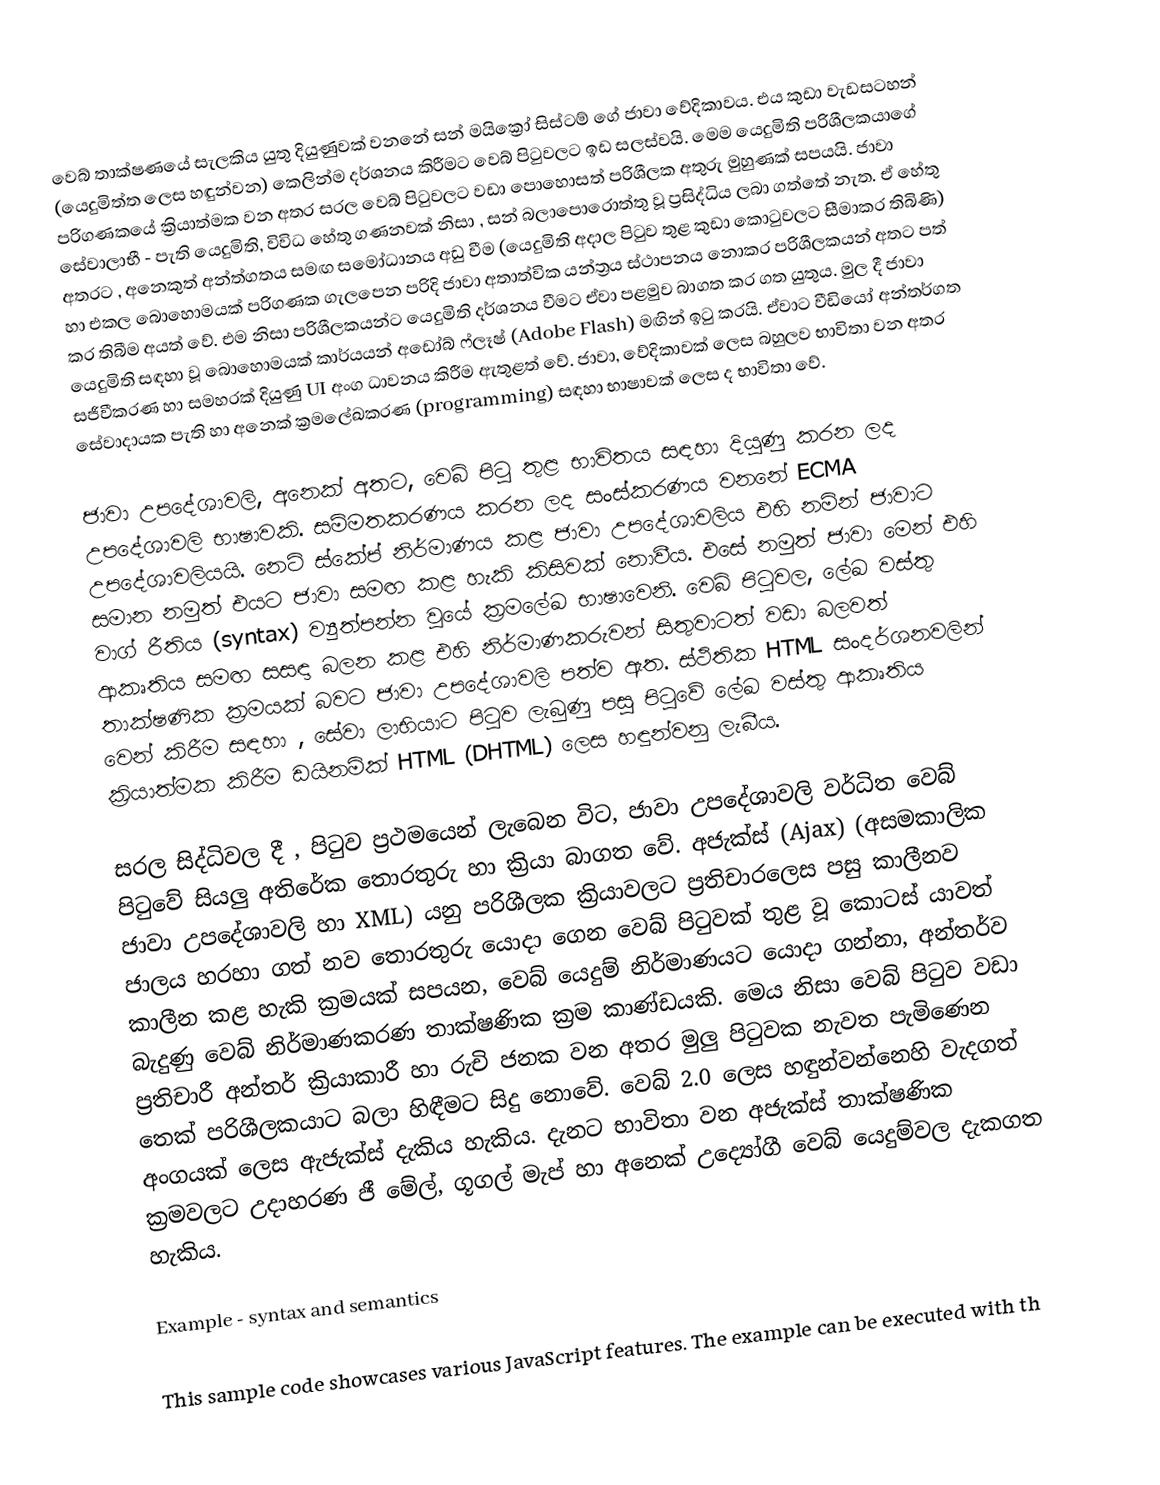
වෙබ් තාක්ෂණයේ සැලකිය යුතු දියුණුවක් වනනේ සන් මයික්‍රෝ සිස්ටම් ගේ ජාවා වේදිකාවය. එය කුඩා වැඩසටහන් (යෙදුමිත්ත ලෙස හඳුන්වන) කෙලින්ම දර්ශනය කිරීමට වෙබ් පිටුවලට ඉඩ සලස්වයි. මෙම යෙදුමිති පරිශීලකයාගේ පරිගණකයේ ක්‍රියාත්මක වන අතර සරල වෙබ් පිටුවලට වඩා පොහොසත් පරිශීලක අතුරු මුහුණක් සපයයි. ජාවා සේවාලාභී - පැති යෙදුමිති, විවිධ හේතු ගණනවක් නිසා , සන් බලාපොරොත්තු වූ ප්‍රසිද්ධිය ලබා ගත්තේ නැත. ඒ ‍හේතු අතරට , අනෙකුත් අන්ත්ගතය සමඟ සමෝධානය අඩු වීම (යෙදුමිති අදාල පිටුව තුළ කුඩා කොටුවලට සීමාකර තිබිණි) හා එකල බොහොමයක් පරිගණක ගැලපෙන පරිදි ජාවා අතාත්වික යන්ත්‍රය ස්ථාපනය නොකර පරිශීලකයන් අතට පත් කර තිබීම අයත් වේ. එම නිසා පරිශීලකයන්ට යෙදුමිති දර්ශනය වීමට ඒවා පළමුව බාගත කර ගත යුතුය. මුල දී ජාවා යෙදුමිති සඳහා වූ බොහොමයක් කාර්යයන් අඩෝබ් ෆ්ලෑෂ් (Adobe Flash) මඟින් ඉටු කරයි. ඒවාට වීඩියෝ අන්තර්ගත සජීවීකරණ හා සමහරක් දියුණු UI අංග ධාවනය කිරීම ඇතුළත් වේ. ජාවා, වේදිකාවක් ලෙස බහුලව භාවිතා වන අතර සේවාදායක පැති හා අනෙක් ක්‍රමලේඛකරණ (programming) සඳහා භාෂාවක් ලෙස ද භාවිතා වේ.

ජාවා උපදේශාවලි, අනෙක් අතට, වෙබ් පිටු තුළ භාවිතය සඳහා දියුණු කරන ලද උ‍පදේශාවලි භාෂාවකි. සම්මතකරණය කරන ලද සංස්කරණය වනනේ ECMA උපදේශාවලියයි. නෙට් ස්කේප් නිර්මාණය කළ ජාවා උපදේශාවලිය එහි නමින් ජාවාට සමාන නමුත් එයට ජාවා සමඟ කළ හැකි කිසිවක් නොවීය. එසේ නමුත් ජාවා මෙන් එහි වාග් රීතිය (syntax) ව්‍යුත්පන්න වූයේ ක්‍රමලේඛ භාෂාවෙනි. වෙබ් පිටුවල, ලේඛ වස්තු ආකෘතිය සමඟ සසඳා බලන කළ එහි නිර්මාණකරුවන් සිතුවාටත් වඩා බලවත් තාක්ෂණික ක්‍රමයක් බවට ජාවා උපදේශාවලි පත්ව ඇත. ස්ථිතික HTML සංදර්ශනවලින් වෙන් කිරීම සඳහා , සේවා ලාභියාට පිටුව ලැබුණු පසු පිටුවේ ලේඛ වස්තු ආකෘතිය ක්‍රියාත්මක කිරීම ඩයිනමික් HTML (DHTML) ලෙස හඳුන්වනු ලැබීය.

සරල සිද්ධිවල දී , පිටුව ප්‍රථමයෙන් ලැබෙන විට, ජාවා උපදේශාවලි වර්ධිත වෙබ් පිටුවේ සියලු අතිරේක තොරතුරු හා ක්‍රියා බාගත වේ. අජැක්ස් (Ajax) (අසමකාලික ජාවා උපදේශාවලි හා XML) යනු පරිශීලක ක්‍රියාවලට ප්‍රතිචාරලෙස පසු කාලීනව ජාලය හරහා ගත් නව තොරතුරු යොදා ගෙන වෙබ් පිටුවක් තුළ වූ කොටස් යාවත් කාලීන කළ හැකි ක්‍රමයක් සපයන, වෙබ් යෙදුම් නිර්මාණයට යොදා ගන්නා, අන්තර්ව බැදුණු වෙබ් නිර්මාණකරණ තාක්ෂණික ක්‍රම කාණ්ඩයකි. මෙය නිසා වෙබ් පිටුව වඩා ප්‍රතිචාරී අන්තර් ක්‍රියාකාරී හා රුචි ජනක වන අතර මුලු පිටුවක නැවත පැමිණෙන තෙක් පරිශීලකයාට බලා හිඳීමට සිදු නොවේ. වෙබ් 2.0 ලෙස හඳුන්වන්නෙහි වැදගත් අංගයක් ලෙස ඇජැක්ස් දැකිය හැකිය. දැනට භාවිතා වන අජැක්ස් තාක්ෂණික ක්‍රමවලට උදාහරණ ජී මේල්, ගූගල් මැප් හා අනෙක් උද්‍යෝගී වෙබ් යෙදුම්වල දැකගත හැකිය.

Example - syntax and semantics

This sample code showcases various JavaScript features. The example can be executed with th